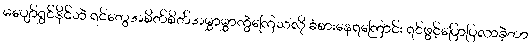
မပျော်ရွှင်နိုင်ဘဲ ရင်တွေအစိတ်စိတ်အမွှာမွှာကွဲကြေသလို ခံစားနေရကြောင်း ရင်ဖွင့်ပြောပြလာခဲ့တာ